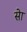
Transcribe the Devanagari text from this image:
सेा